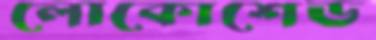
লোকোশেড